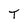
Character: T